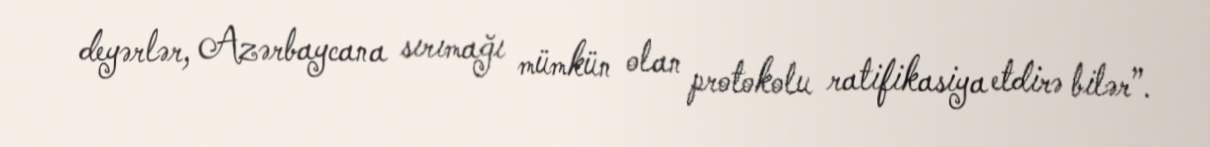
deyərlər, Azərbaycana sırımağı mümkün olan protokolu ratifikasiya etdirə bilər”.